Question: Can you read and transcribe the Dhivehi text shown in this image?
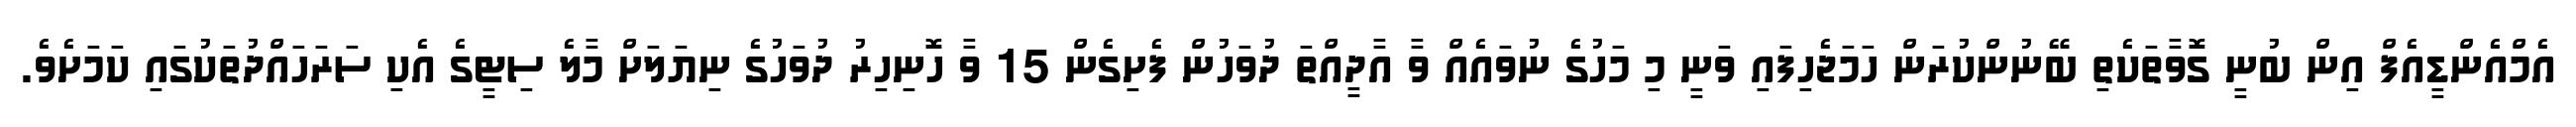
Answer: އެމްއެންޑީއެފް އިން ބުނީ ގޮވާތަކެތި ބޭނުންކުރަން ހަމަޖެހިފައި ވަނީ މި މަހުގެ ނުވައެއް ވާ އާދީއްތަ ދުވަހުން ފެށިގެން 15 ވާ ހޮނިހިރު ދުވަހުގެ ނިޔަލަށް މާލެ ސިޓީގެ އެކި ސަރަހައްދުތަކުގައި ކަމަށެވެ.